Rangoon Lunatic Asylum 1893-1897 - 1893-1897
Year: 1893
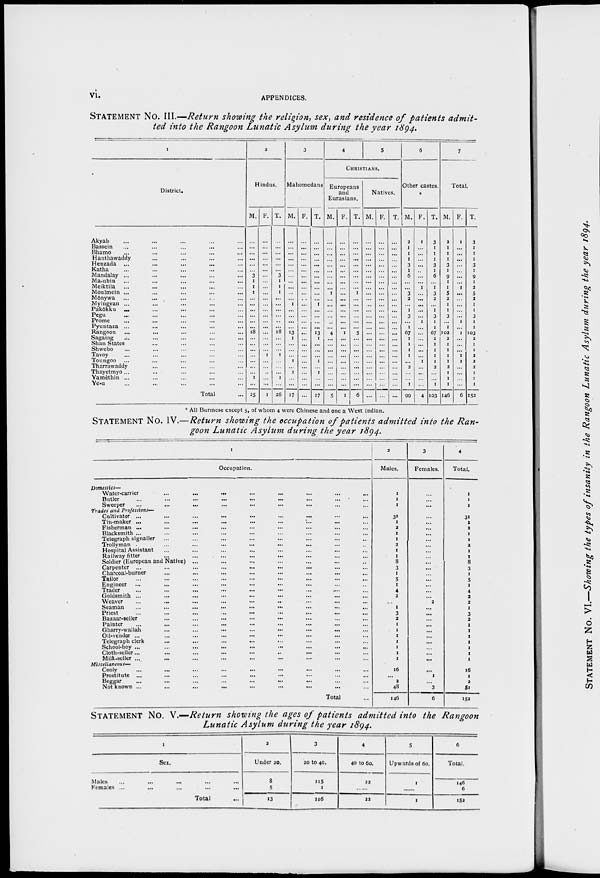
vi.
APPENDICES.
STATEMENT No. III.—Return showing the religion, sex, and residence of patients admit¬
ted into the Rangoon Lunatic Asylum during the year 1894.
1
District.
Akyab ... ... ... ... ...
Bassein ... ... ... ... ...
Bhamo ... ... ... ... ...
Hanthawaddy ... ... ... ...
Henzada ... ... ... ... ...
Katha ... ... ... ... ...
Mandalay ... ... ... ... ...
Ma-ubin ... ... ... ... ...
Meiktila ... ... ... ... ...
Moulmein ... ... ... ... ...
Mdnywa ... ... ... ... ...
Myingvan ... ... ... ... ...
Pakdkku ... ... ... ... ...
Pegu ... ... ... ... ...
Prome ... ... ... ... ...
Pyuntaza ... ... ... ... ...
Rangoon ... ... ... ... ...
Sagaing
... ... ... ... ..
Shan States ... ... ... ...
Shwebo ... ... ... ... ...
Tavoy ... ... ... ... ...
Toungoo ... ... ... ... ...
Tharrawaddy ... ... ... ...
Thayetmyo ... ... ... ... ...
Yamethin ... ... ... ... ...
Ye-u ... ... ... ... ...
Total ...
2
Hindus.
M.
...
...
...
...
...
...
3
1
1
1
...
...
...
...
...
...
18
...
...
...
...
...
...
...
1
...
25
F.
...
...
...
...
...
...
...
...
...
...
...
...
...
...
...
...
...
...
...
...
1
...
...
..
...
...
1
T.
...
...
...
...
...
...
3
1
1
1
...
...
...
...
..
...
18
...
...
...
1
...
...
...
1
...
26
3
Mahomedans
M.
...
...
...
...
...
...
...
...
...
...
...
1
...
...
...
...
13
1
...
...
...
1
...
1
...
...
17
F.
...
...
...
...
...
...
...
...
...
...
...
...
...
...
...
...
...
...
...
...
...
...
...
...
...
...
T.
...
...
...
...
...
...
...
...
...
...
...
1
...
...
...
...
13
1
...
...
...
1
...
1
...
...
17
4
5
CHRISTIANS.
Europeans
and
Eurasians.
M.
...
...
...
...
...
...
...
...
...
1
...
...
...
...
...
...
4
...
...
...
...
...
...
...
...
...
5
F.
...
...
...
...
...
...
...
...
...
...
...
...
...
...
...
...
1
...
...
...
...
...
...
...
...
...
1
T.
...
...
...
...
...
...
...
...
...
1
...
...
...
...
...
...
5
...
...
...
...
...
...
...
...
...
6
Natives.
M.
...
...
...
...
...
...
...
...
...
...
...
...
...
...
...
...
...
...
...
...
...
...
...
...
...
...
...
F.
...
...
...
...
...
...
...
...
...
...
...
...
...
...
...
...
...
...
...
...
...
...
...
...
...
...
...
T.
...
...
...
...
...
...
...
...
...
...
...
...
...
...
...
...
...
...
...
...
...
...
...
...
...
...
...
6
Other castes.
*
M.
2
1
1
1
3
1
6
...
...
3
2
...
1
3
...
1
67
1
1
1
1
...
2
...
...
1
99
F.
1
...
...
...
...
...
...
...
1
...
...
...
...
...
1
...
...
...
...
...
...
1
...
...
...
...
4
T.
3
1
1
1
3
1
6
...
1
3
2
...
1
3
1
1
67
1
1
1
1
1
2
...
...
1
103
7
Total.
M.
2
1
1
1
3
1
9
1
1
5
2
1
1
3
...
1
102
2
1
1
1
1
2
1
1
1
146
F.
1
...
...
...
...
...
...
...
1
...
...
...
...
...
1
...
1
...
...
...
1
1
...
...
...
...
6
T.
3
1
1
1
3
1
9
I
2
5
2
1
1
3
1
1
103
2
1
1
2
2
2
1
1
1
152
* All Burmese except 5, of whom 4 were Chinese and one a West Indian.
STATEMENT No. IV.—Return showing the occupation of patients admitted into the Ran-
goon Lunatic Asylum during the year 1894.
1
Occupation.
Domestics—
Water-carrier
...
...
... ... ... ... ... ...
Butler
...
...
...
...
...
...
...
... ...
Sweeper ... ... ... ... ... ... ... ... ...
Trades and Professions—
Cultivator ... ... ... ... ... ... ... ... ...
Tin-maker ... ... ... ... ... ... ... ... ...
Fisherman ... ... ... ... ... ... ... ... ...
Blacksmith ... ... ... ... ... ... ... ... ...
Telegraph signaller ... ... ... ... ... ... ... ...
Trollyman ... ... ... ... ... ... ... ... ...
Hospital Assistant ... ... ... ... ... ... ... ...
Railway fitter ... ... ... ... ... ... ... ...
Soldier (European and Native) ... ... ... ... ... ... ...
Carpenter ... ... ... ... ... ... ... ... ...
Charcoal-burner ... ... ... ... ... ... ... ...
Tailor ... ... ... ... ... ... ... ... ...
Engineer ... ... ... ... ... ... ... ... ...
Trader ... ... ... ... ... ... ... ... ...
Goldsmith ... ... ... ... ... ... ... ... ...
Weaver ... ... ... ... ... ... ... ... ...
Seaman ... ... ... ... ... ... ... ... ...
Priest ... ... ... ... ... ... ... ... ...
Bazaar-seller ... ... ... ... ... ... ... ...
Painter ... ... ... ... ... ... ... ... ...
Gharrv-wallah
...
...
...
...
...
...
...
Oil-vendor ... ... ... ... ... ... ... ... ...
Telegraph clerk ... ... ... ... ... ... ... ...
School-boy ... ... ... ... ... ... ... ... ...
Cloth-seller ... ... ... ... ... ... ... ... ...
Milk-seller ... ... ... ... ... ... ... ... ...
Miscellaneous—
Cooly ... ... ... ... ... ... ... ... ...
Prostitute ... ... ... ... ... ... ... ... ...
Beggar ... ... ... ... ... ... ... ... ...
Not known ... ... ... ... ... ... ... ... ...
Total ...
2
Males.
1
1
1
31
1
2
1
1
2
1
1
8
3
1
5
1
4
2
...
1
3
2
1
1
1
1
1
1
1
16
...
2
48
146
3
Females.
...
...
...
...
...
...
...
...
...
...
...
...
...
...
...
...
...
...
2
...
...
...
...
...
...
...
...
...
...
...
1
...
3
6
4
Total.
1
1
1
31
1
2
1
1
2
1
1
8
3
1
5
1
4
2
2
1
3
2
1
1
1
1
1
1
1
16
1
2
51
152
STATEMENT No. V.—Return showing the ages of patients admitted into the Rangoon
Lunatic Asylum during the year 1894.
I
Sex.
Males ... ... ... ... ...
Females ... ... ... ... ...
Total ...
2
Under 20.
8
5
13
3
20 to 40.
115
1
116
4
40 to 60.
22
......
22
5
Upwards of 60.
1
......
1
6
Total.
146
6
152